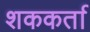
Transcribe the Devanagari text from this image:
शककर्ता